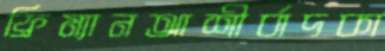
ফ্রিম্যানআশীর্বাদকা